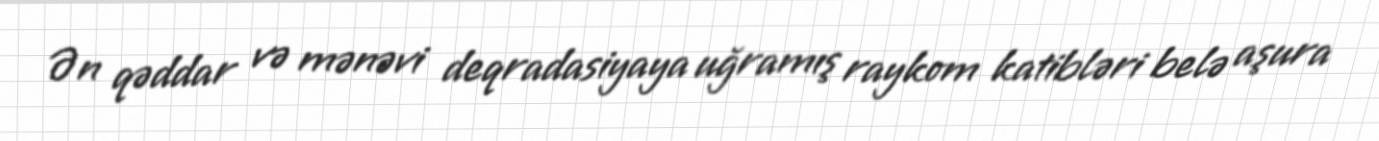
Ən qəddar və mənəvi deqradasiyaya uğramış raykom katibləri belə aşura